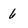
Character: 6